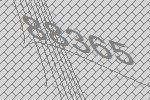
88365